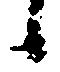
候